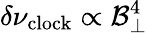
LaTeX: \delta\nu_{\mathrm{clock}}\propto\mathcal{B}_{\perp}^{4}